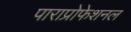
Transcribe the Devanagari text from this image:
पाराप्रोफेशनल